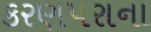
કરણપરાના